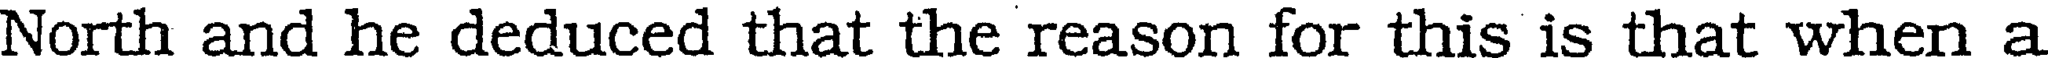
North and he deduced that the reason for this is that when a